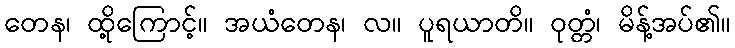
တေန၊ ထို့ကြောင့်။ အယံတေန၊ လ။ ပူရယာတိ။ ဝုတ္တံ၊ မိန့်အပ်၏။